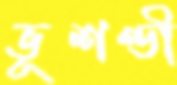
ভূশণ্ডী